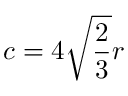
c = 4 { \sqrt { \frac { 2 } { 3 } } } r